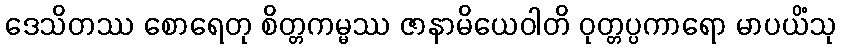
ဒေသိတဿ စောရေတု စိတ္တကမ္မဿ ဇာနာမိယေဝါတိ ဝုတ္တပ္ပကာရော မာပယိံသု